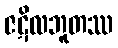
ဇဋိလဘူတဿ